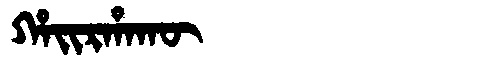
Manchu: ᡥᠠᡳᡵᡥᠠᡴᡡ
Romanization: HAIRHAKŪ